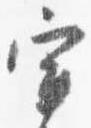
宰